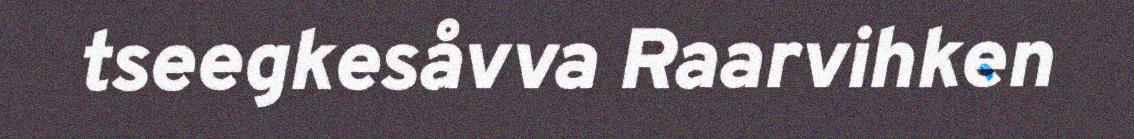
tseegkesåvva Raarvihken